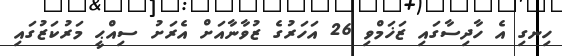
ހިނގި އެ ހާދިސާގައި ޒަޚަމްވި 26 އަހަރުގެ ޒުވާނާއަށް އެރަށު ސިިއްޙީ މަރުކަޒުގައި